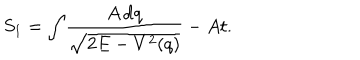
S _ { 1 } = \int \! \frac { A \, \mathrm { d } q } { \sqrt { 2 E - V ^ { 2 } ( q ) } } - A t .